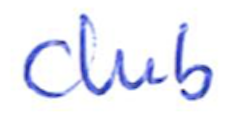
Text: club
Cross-out: clean
Writing tool: ballpoint